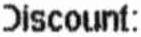
DISCOUNT: